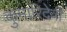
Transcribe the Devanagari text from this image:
कुमारिदेवी